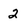
Character: 2